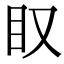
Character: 𥃫